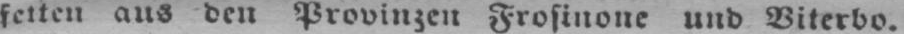
fetten aus den Provinzen Frosinone und Viterbo.